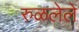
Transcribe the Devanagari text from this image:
रुळलेले